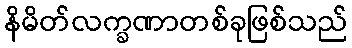
နိမိတ်လက္ခဏာတစ်ခုဖြစ်သည်